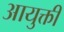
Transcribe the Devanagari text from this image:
आयुक्ती